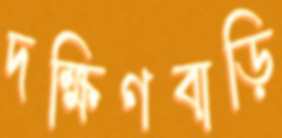
দক্ষিণবাড়ি